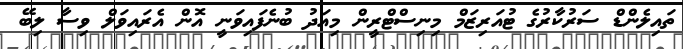
ތައިލެންޑް ސަރުކާރުގެ ޓުއަރިޒަމް މިނިސްޓްރީން މިއަދު ބުނެފައިވަނީ އޮން އެރައިވަލް ވިސާ ލިބޭ